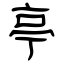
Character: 亭